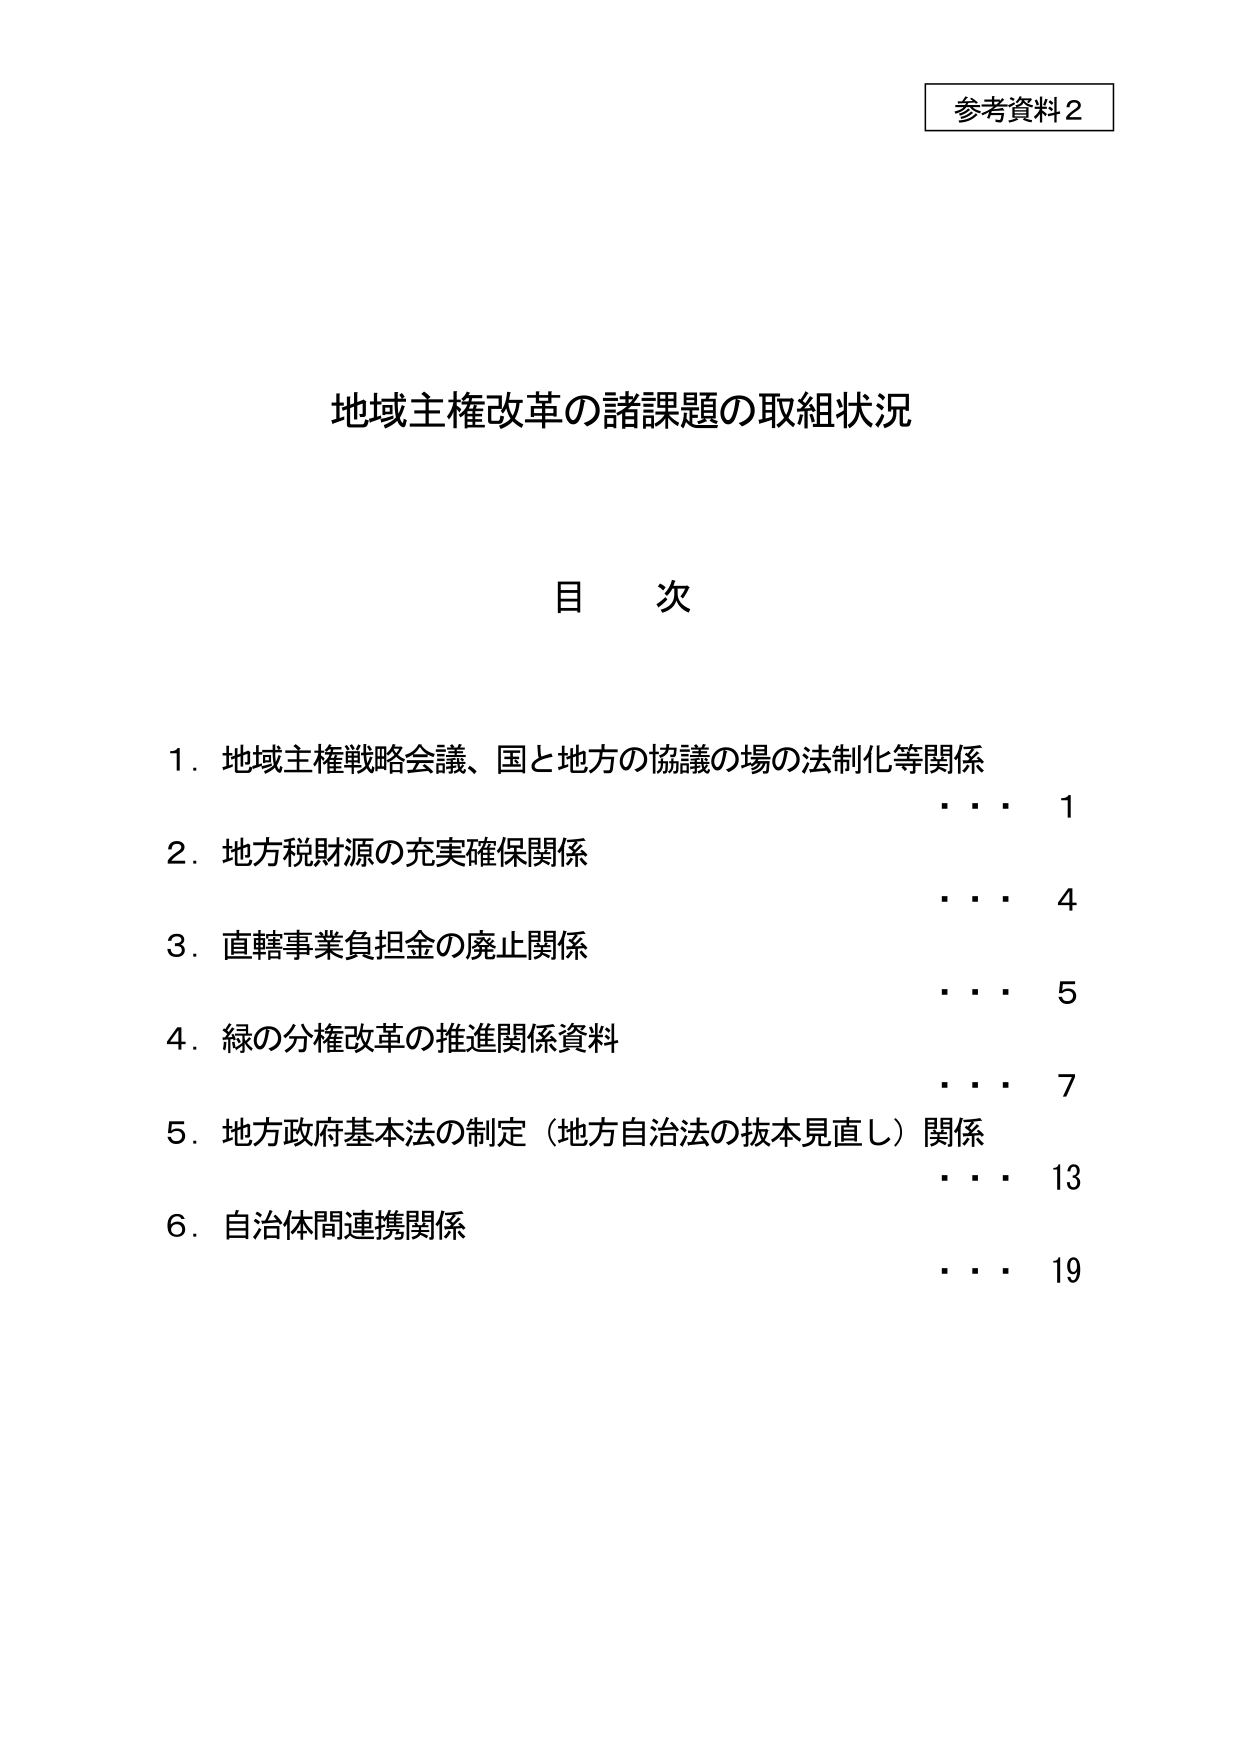
参考資料２

地域主権改革の諸課題の取組状況

目 次

１．地域主権戦略会議、国と地方の協議の場の法制化等関係 ・・・ 1
２．地方税財源の充実確保関係 ・・・ 4
３．直轄事業負担金の廃止関係 ・・・ 5
４．緑の分権改革の推進関係資料 ・・・ 7
５．地方政府基本法の制定（地方自治法の抜本見直し）関係 ・・・ 13
６．自治体間連携関係 ・・・ 19